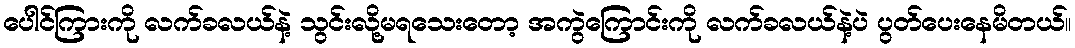
ပေါင်ကြားကို လက်ခလယ်နဲ့ သွင်းလို့မရသေးတော့ အကွဲကြောင်းကို လက်ခလယ်နဲ့ပဲ ပွတ်ပေးနေမိတယ်။